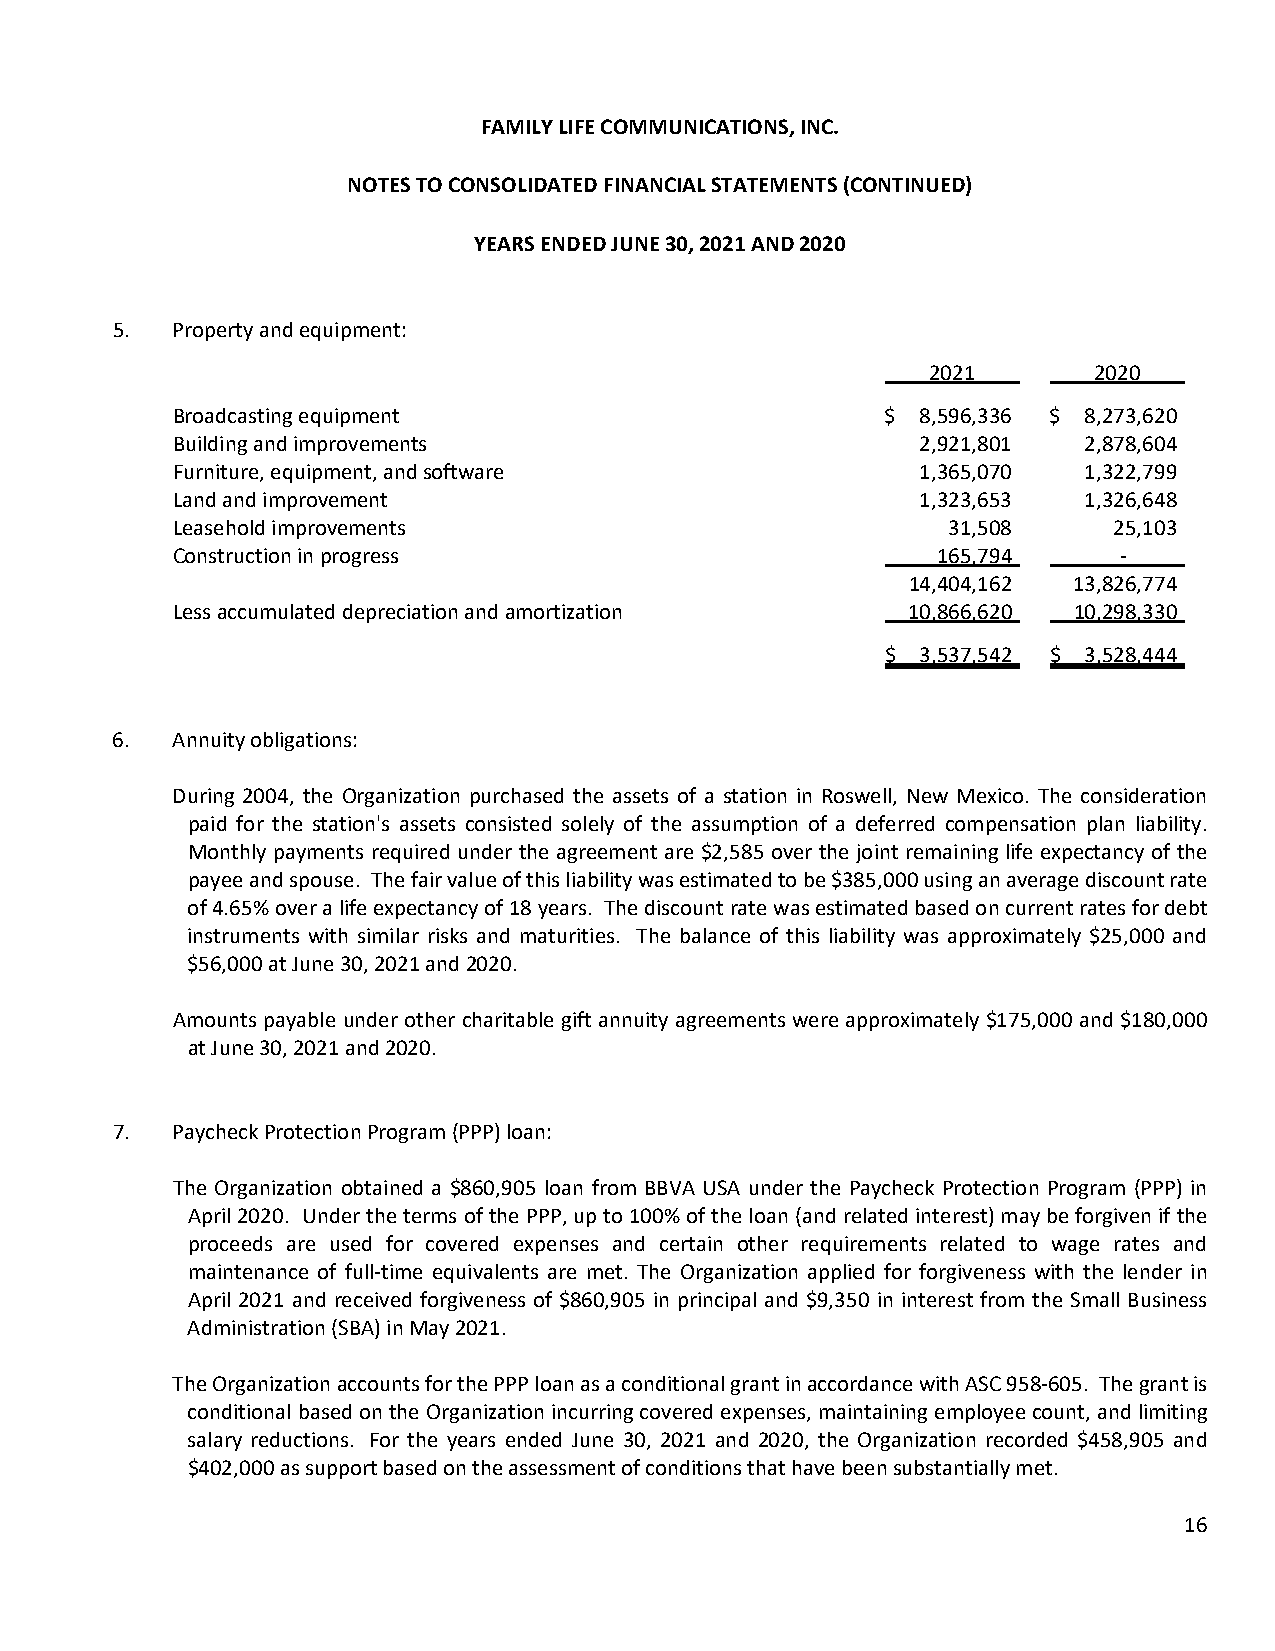
FAMILY LIFE COMMUNICATIONS, INC.
 NOTES TO CONSOLIDATED FINANCIAL STATEMENTS (CONTINUED)
 YEARS ENDED JUNE 30, 2021 AND 2020
 5.  Property and equipment:
 2021      2020
 Broadcasting equipment                          $ 8,596,336 $ 8,273,620
 Building and improvements                         2,921,801  2,878,604
 Furniture, equipment, and software                1,365,070  1,322,799
 Land and improvement                              1,323,653  1,326,648
 Leasehold improvements                              31,508     25,103
 Construction in progress                           165,794     ‐
 14,404,162 13,826,774
 Less accumulated depreciation and amortization   10,866,620 10,298,330
 $ 3,537,542 $ 3,528,444
 6.  Annuity obligations:
 During 2004, the Organization purchased the assets of a station in Roswell, New Mexico. The consideration
 paid for the station's assets consisted solely of the assumption of a deferred compensation plan liability.
 Monthly payments required under the agreement are $2,585 over the joint remaining life expectancy of the
 payee and spouse. The fair value of this liability was estimated to be $385,000 using an average discount rate
 of 4.65% over a life expectancy of 18 years. The discount rate was estimated based on current rates for debt
 instruments with similar risks and maturities. The balance of this liability was approximately $25,000 and
 $56,000 at June 30, 2021 and 2020.
 Amounts payable under other charitable gift annuity agreements were approximately $175,000 and $180,000
 at June 30, 2021 and 2020.
 7.  Paycheck Protection Program (PPP) loan:
 The Organization obtained a $860,905 loan from BBVA USA under the Paycheck Protection Program (PPP) in
 April 2020. Under the terms of the PPP, up to 100% of the loan (and related interest) may be forgiven if the
 proceeds are used for covered expenses and certain other requirements related to wage rates and
 maintenance of full‐time equivalents are met. The Organization applied for forgiveness with the lender in
 April 2021 and received forgiveness of $860,905 in principal and $9,350 in interest from the Small Business
 Administration (SBA) in May 2021.
 The Organization accounts for the PPP loan as a conditional grant in accordance with ASC 958‐605. The grant is
 conditional based on the Organization incurring covered expenses, maintaining employee count, and limiting
 salary reductions. For the years ended June 30, 2021 and 2020, the Organization recorded $458,905 and
 $402,000 as support based on the assessment of conditions that have been substantially met.
 16